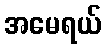
အမေရယ်